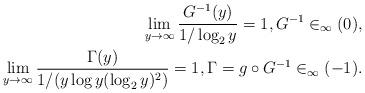
LaTeX: \begin{align*} \lim_{y\to\infty} \frac{G^{-1}(y)}{1/\log_2 y}=1, G^{-1}\in _\infty(0),\\\lim_{y\to\infty} \frac{\Gamma(y)}{1/(y\log y(\log_2 y)^2)}=1, \Gamma=g\circ G^{-1} \in _\infty(-1).\end{align*}